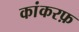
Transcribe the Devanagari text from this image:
कांकरफ़